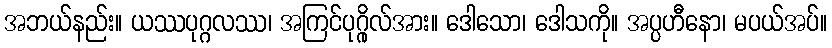
အဘယ်နည်း။ ယဿပုဂ္ဂလဿ၊ အကြင်ပုဂ္ဂိုလ်အား။ ဒေါသော၊ ဒေါသကို။ အပ္ပဟီနော၊ မပယ်အပ်။